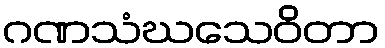
ဂဏသံဃသေဝိတာ